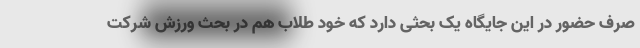
صرف حضور در این جایگاه یک بحثی دارد که خود طلاب هم در بحث ورزش شرکت